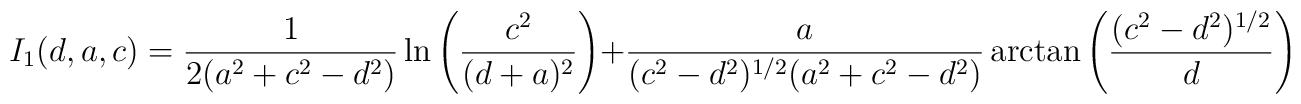
I_1(d,a,c)={1 \over 2(a^2+c^2-d^2)} \ln \left( {c^2 \over (d+a)^2} \right)+{a \over (c^2-d^2)^{1/2}(a^2+c^2-d^2)} \arctan \left( {(c^2-d^2)^{1/2} \over d}\right)